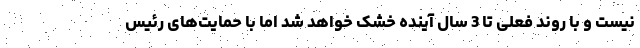
نیست و با روند فعلی تا 3 سال آینده خشک خواهد شد اما با حمایت‌های رئیس